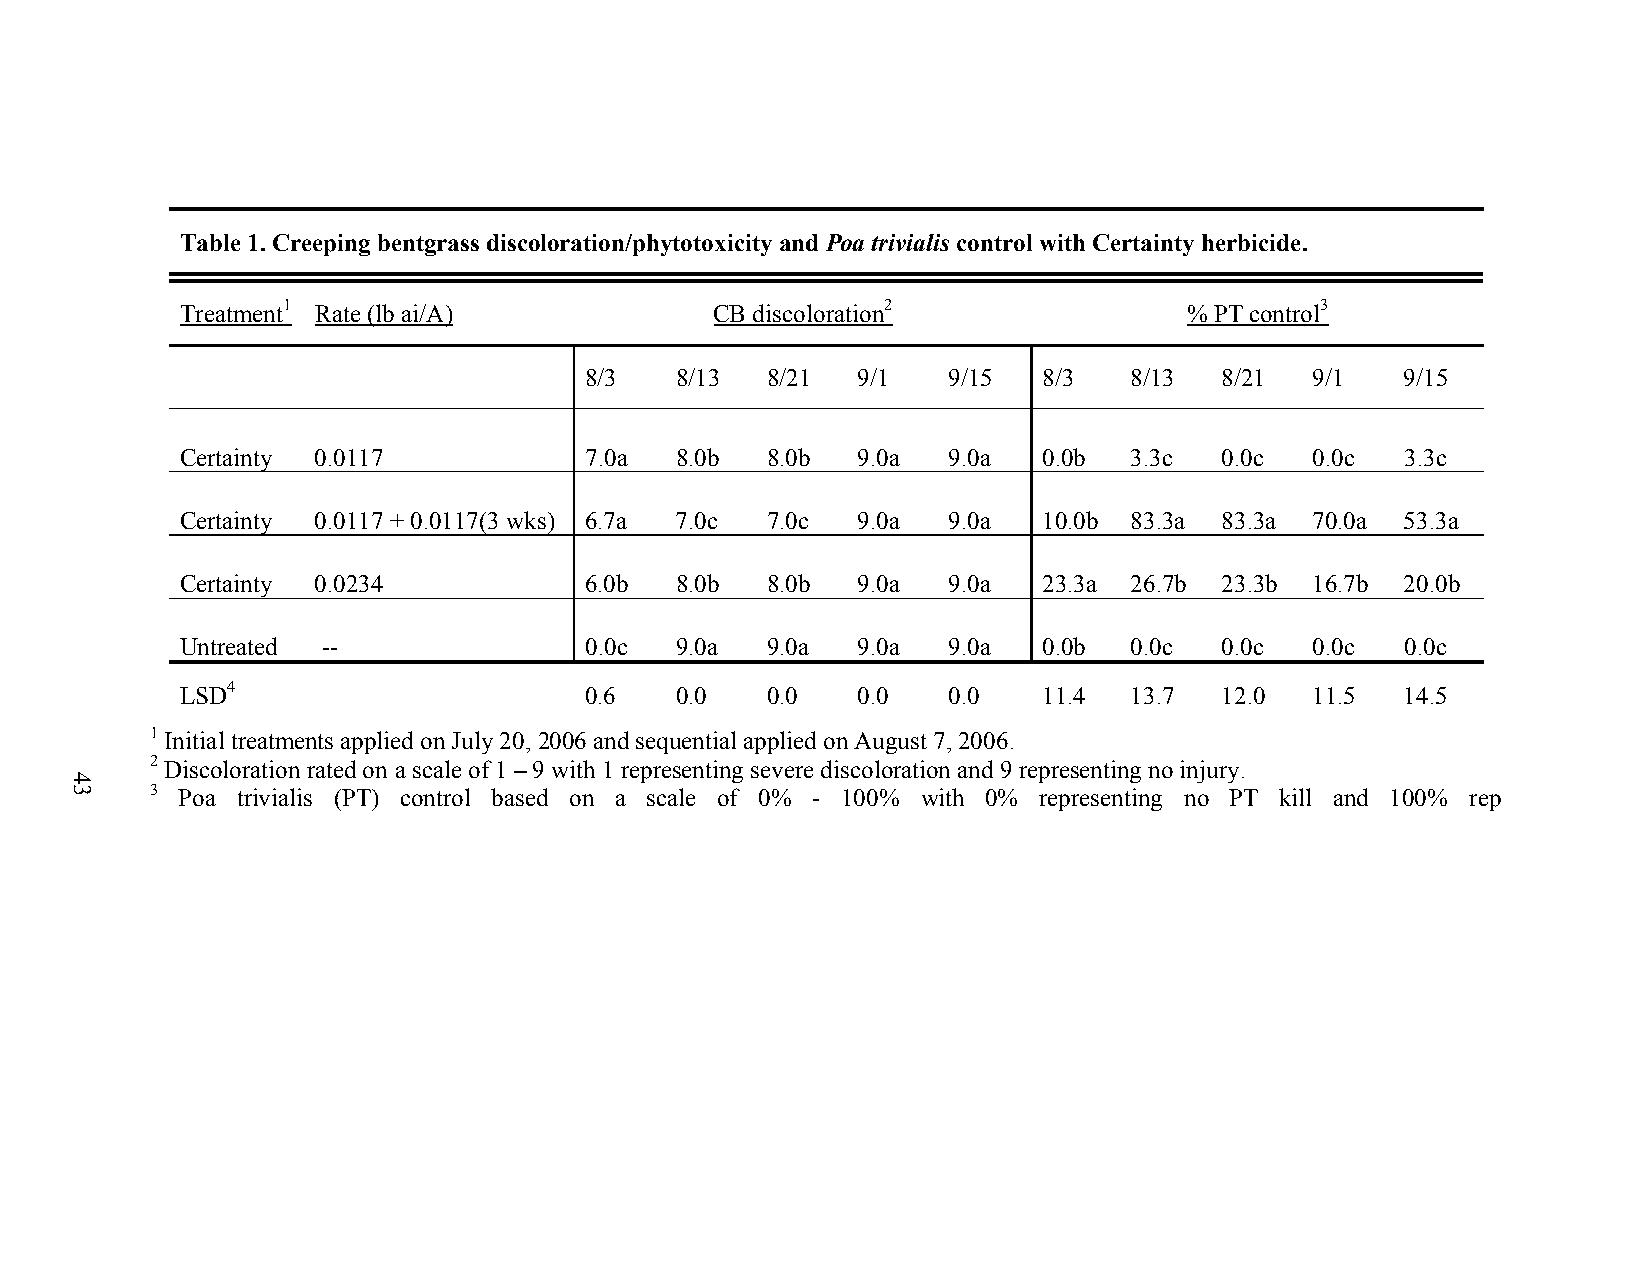
Table 1. Creeping bentgrass discoloration/phytotoxicity and Poa trivialis control with Certainty herbicide.
 Treatment1 Rate (lb ai/A)          CB discoloration2               % PT control3
 8/3   8/13  8/21  9/1   9/15  8/3   8/13  8/21  9/1   9/15
 Certainty 0.0117           7.0a  8.0b  8.0b  9.0a  9.0a  0.0b  3.3c  0.0c  0.0c  3.3c
 Certainty 0.0117 + 0.0117(3 wks) 6.7a 7.0c 7.0c 9.0a 9.0a 10.0b 83.3a 83.3a 70.0a 53.3a
 Certainty 0.0234           6.0b  8.0b  8.0b  9.0a  9.0a  23.3a 26.7b 23.3b 16.7b 20.0b
 Untreated --               0.0c  9.0a  9.0a  9.0a  9.0a  0.0b  0.0c  0.0c  0.0c  0.0c
 LSD4                       0.6   0.0   0.0   0.0   0.0   11.4  13.7  12.0  11.5  14.5
 1 Initial treatments applied on July 20, 2006 and sequential applied on August 7, 2006.
 2 Discoloration rated on a scale of 1 – 9 with 1 representing severe discoloration and 9 representing no injury.
 3 Poa trivialis (PT) control based on a scale of 0% - 100% with 0% representing no PT kill and 100% rep
 43
 43